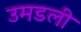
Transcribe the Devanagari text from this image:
उमडली